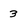
Character: 3